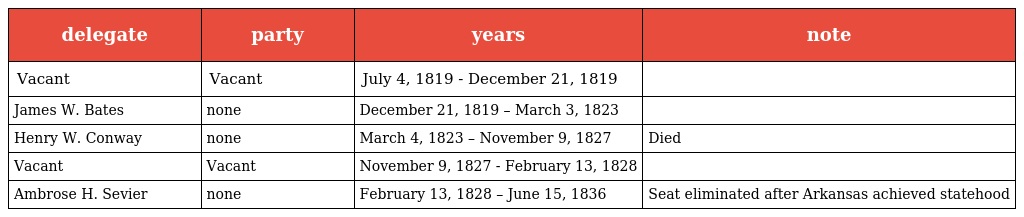
| delegate | party | years | note |
 | --- | --- | --- | --- |
 | Vacant | Vacant | July 4, 1819 - December 21, 1819 |  |
 | James W. Bates | none | December 21, 1819 – March 3, 1823 |  |
 | Henry W. Conway | none | March 4, 1823 – November 9, 1827 | Died |
 | Vacant | Vacant | November 9, 1827 - February 13, 1828 |  |
 | Ambrose H. Sevier | none | February 13, 1828 – June 15, 1836 | Seat eliminated after Arkansas achieved statehood |